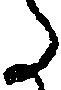
た